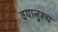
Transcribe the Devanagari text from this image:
वयानुरूप